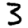
Digit: 3